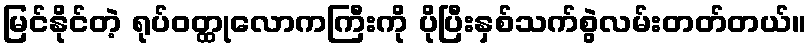
မြင်နိုင်တဲ့ ရုပ်ဝတ္ထုလောကကြီးကို ပိုပြီးနှစ်သက်စွဲလမ်းတတ်တယ်။